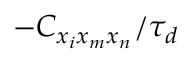
- C _ { x _ { i } x _ { m } x _ { n } } / \tau _ { d }